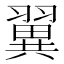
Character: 翼